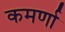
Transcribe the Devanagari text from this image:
कमर्णा